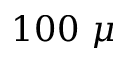
1 0 0 ~ \mu